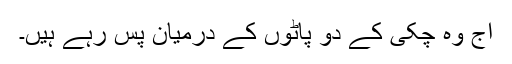
آج وہ چکی کے دو پاٹوں کے درمیان پس رہے ہیں۔